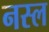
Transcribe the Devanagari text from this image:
नस्‍ल